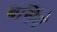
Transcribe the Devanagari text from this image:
बर्निये